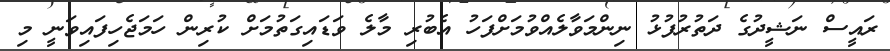
ރައީސް ނަޝީދުގެ ދަތުރުފުޅު ނިންމަވާލެއްވުމަށްފަހު އެބުރި މާލެ ވަޑައިގަތުމަށް ކުރިން ހަމަޖެހިފައިވަނީ މި